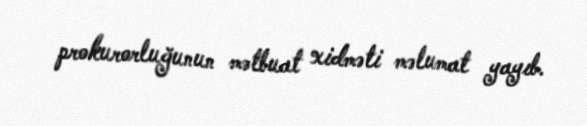
prokurorluğunun mətbuat xidməti məlumat yayıb.